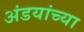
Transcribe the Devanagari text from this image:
अंडयांच्या